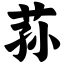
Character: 荪